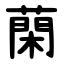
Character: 䔵